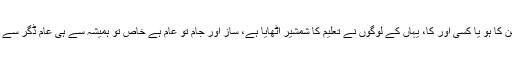
معاملہ ملاابوالحسن کا ہو یا کسی اور کا، یہاں کے لوگوں نے تعلیم کا شمشیر اٹھایا ہے، ساز اور جام تو عام ہے خاص تو ہمیشہ سے ہی عام ڈَگر سے ہٹ کر چلے ہیں۔